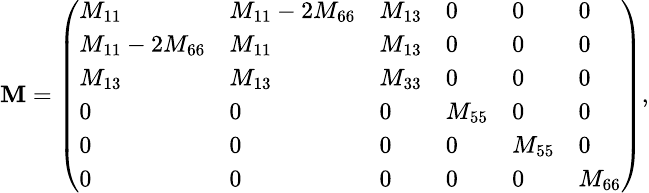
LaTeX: \small{\mathbf{M}=\left(\begin{array}{llllll}{M_{11}}&{M_{11}-2M_{66}}&{M_{13}}&{0}&{0}&{0}\\ {M_{11}-2M_{66}}&{M_{11}}&{M_{13}}&{0}&{0}&{0}\\ {M_{13}}&{M_{13}}&{M_{33}}&{0}&{0}&{0}\\ {0}&{0}&{0}&{M_{55}}&{0}&{0}\\ {0}&{0}&{0}&{0}&{M_{55}}&{0}\\ {0}&{0}&{0}&{0}&{0}&{M_{66}}\end{array}\right),}